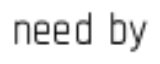
need by